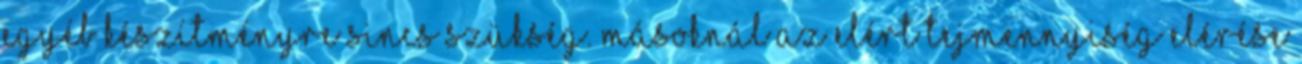
egyéb készítményre sincs szükség. Másoknál az elért tejmennyiség elérése